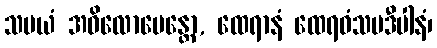
သမယံ အဝိလောမေန္တော, ထေရာနံ ထေရဝံသပဒီပါနံ၊